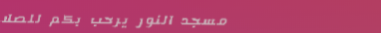
مسجد النور يرحب بكم للصلا